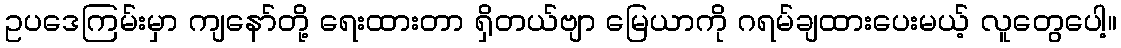
ဥပဒေကြမ်းမှာ ကျနော်တို့ ရေးထားတာ ရှိတယ်ဗျာ မြေယာကို ဂရမ်ချထားပေးမယ့် လူတွေပေါ့။